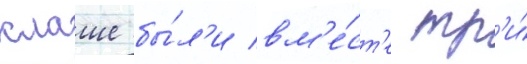
клаше бы́л'и вм'е́ст'е тр'и́